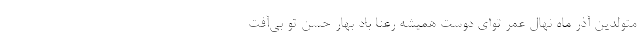
متولدین آذر ماه نهال عمر تو‌ای دوست همیشه رعنا باد بهار حسن تو بی‌آفت